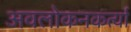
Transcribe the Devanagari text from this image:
अवलोकनकर्त्या